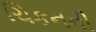
ચિકનની